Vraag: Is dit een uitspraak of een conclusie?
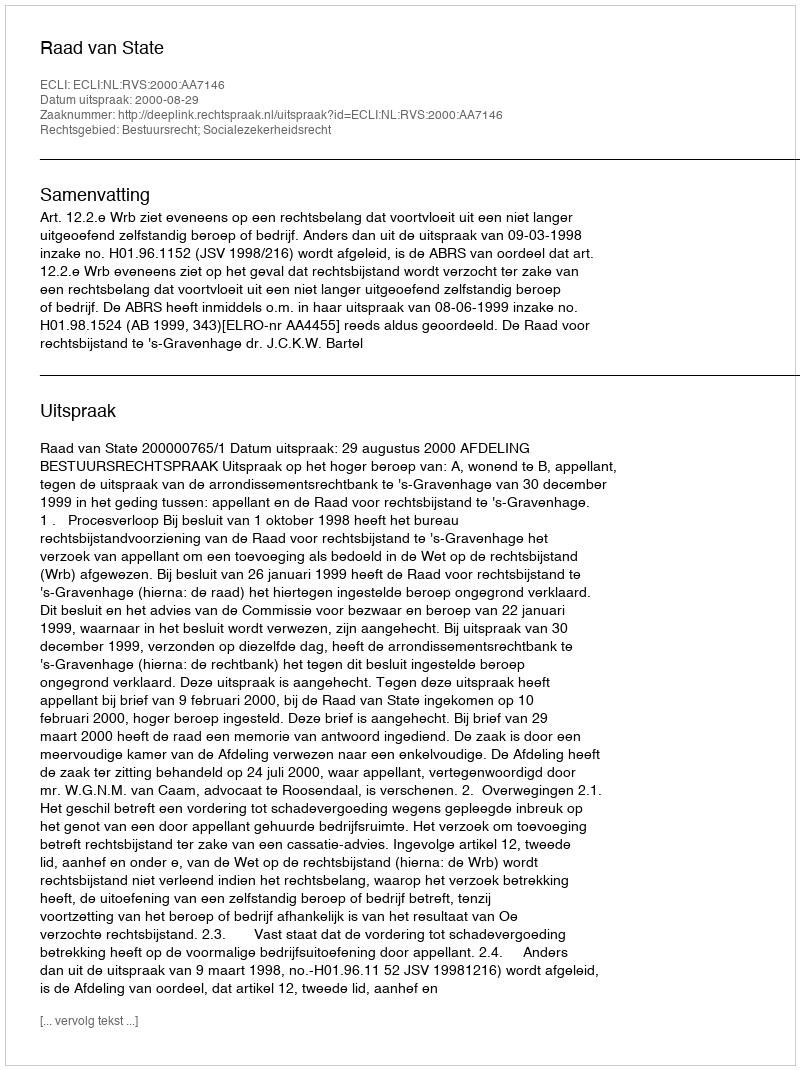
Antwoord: Uitspraak